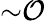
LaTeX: {\sim}\mathcal{O}